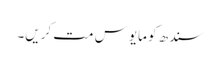
سندھ کو مایوس مت کریں۔